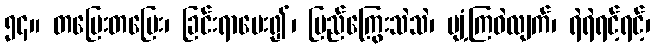
၅၄။ တပြေးတပြေး၊ ခြင်းရာမေး၍၊ မြည်ကြွေးသဲသဲ၊ ပျံ့ကြဝဲလျက်၊ ရဲရဲရင့်ရင့်၊